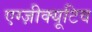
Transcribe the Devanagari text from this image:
एग्ज़ीक्यूटिव